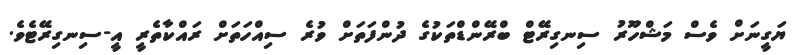
ޔަގީނަށް ވެސް މަޝްހޫރު ސިނގިރޭޓް ބްރޭންޑްތަކުގެ ދުންފަތަށް ވުރެ ސިއްހަތަށް ރައްކާތެރީ އީ-ސިނގިރޭޓެވެ.